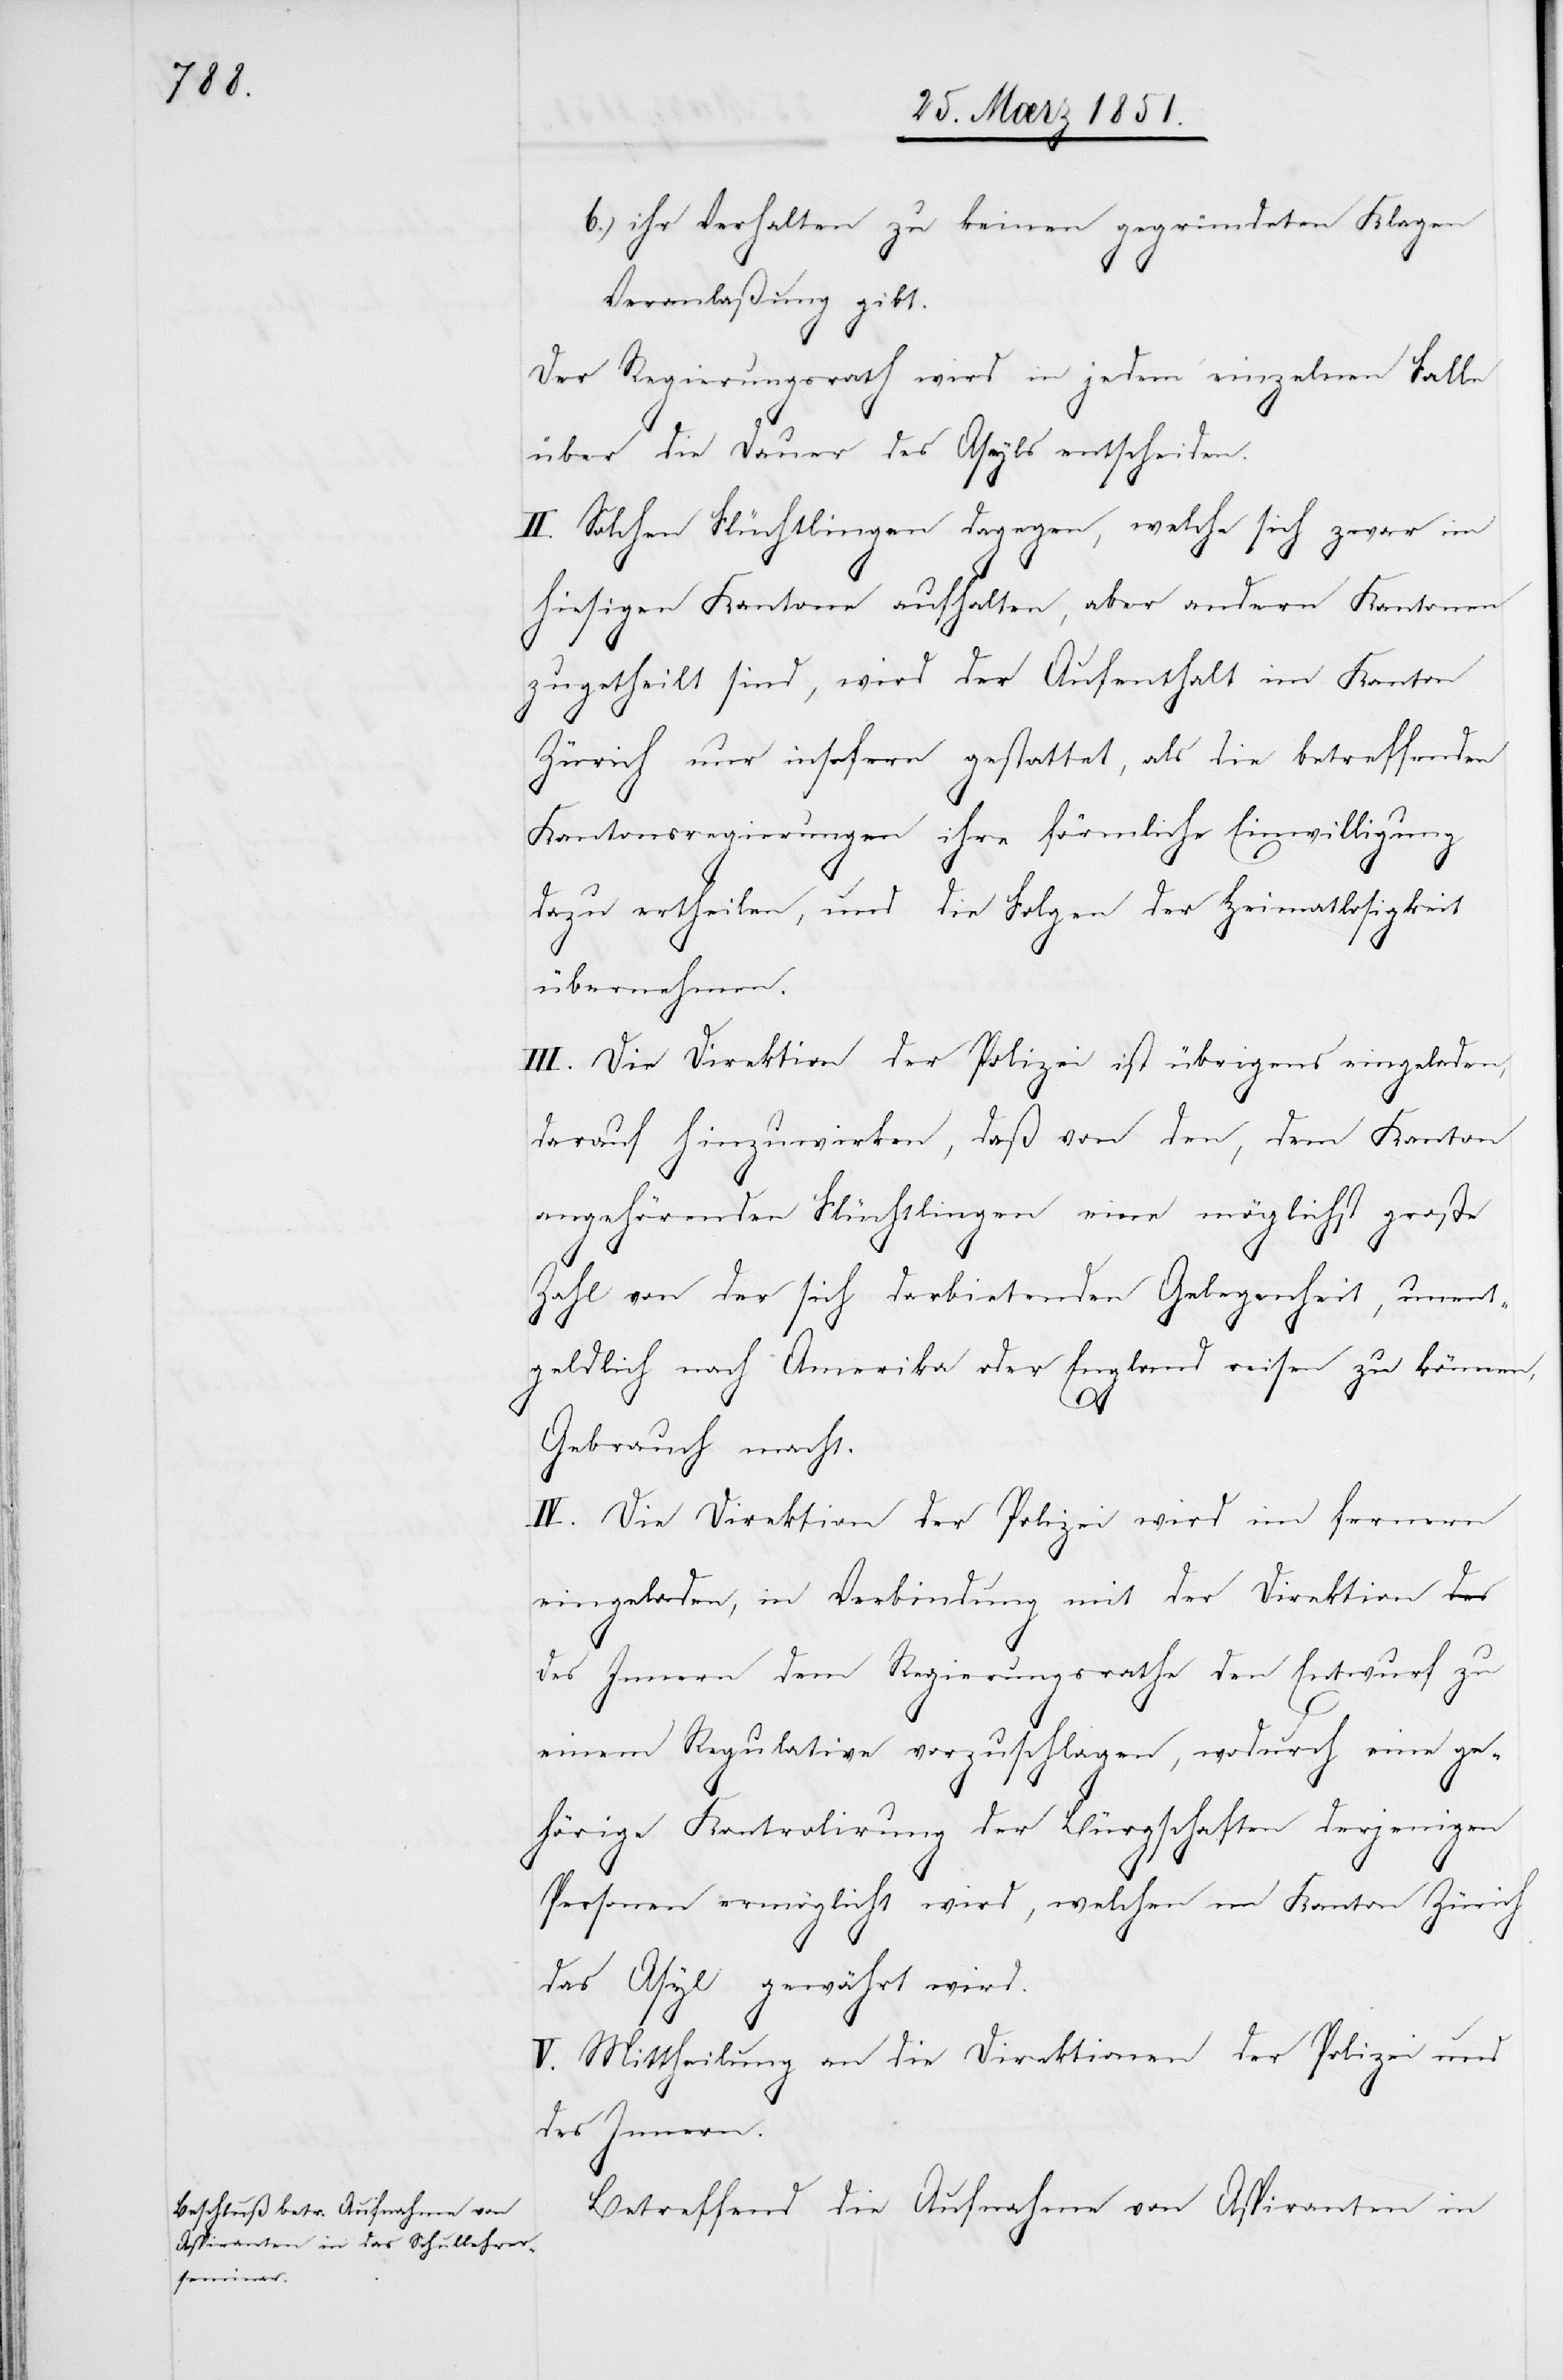
ihr Verhalten zu keinen gegründeten Klagen
Veranlaßung gibt.
Der Regierungsrath wird in jedem einzelnen Falle
über die Dauer des Asyls entscheiden.
II. Solchen Flüchtlingen dagegen, welche sich zwar im
hiesigen Kantone aufhalten, aber andern Kantonen
zugetheilt sind, wird der Aufenthalt im Kanton
Zürich nur insofern gestattet, als die betreffenden
Kantonsregierungen ihre förmliche Einwilligung
dazu ertheilen, und die Folgen der Heimatlosigkeit
übernehmen.
III. Die Direktion der Polizei ist übrigens eingeladen,
darauf hinzuwirken, daß von den, dem Kanton
angehörenden Flüchtlingen eine möglichst große
Zahl von der sich darbietenden Gelegenheit, unent¬
geldlich nach Amerika oder England reisen zu können,
Gebrauch macht.
IV. Die Direktion der Polizei wird im fernern
eingeladen, in Verbindung mit der Direktion d¬
es Innern dem Regierungsrathe den Entwurf zu
einem Regulative vorzuschlagen, wodurch eine ge¬
hörige Kontrolirung der Bürgschaften derjenigen
Personen ermöglicht wird, welchen im Kanton Zürich
das Asyl gewährt wird.
V. Mittheilung an die Direktionen der Polizei und
des Innern.
Betreffend die Aufnahme von Aspiranten in